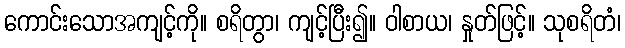
ကောင်းသောအကျင့်ကို။ စရိတွာ၊ ကျင့်ပြီး၍။ ဝါစာယ၊ နှုတ်ဖြင့်။ သုစရိတံ၊